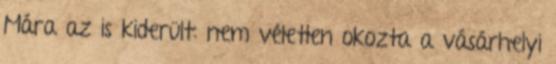
Mára az is kiderült: nem véletlen okozta a vásárhelyi